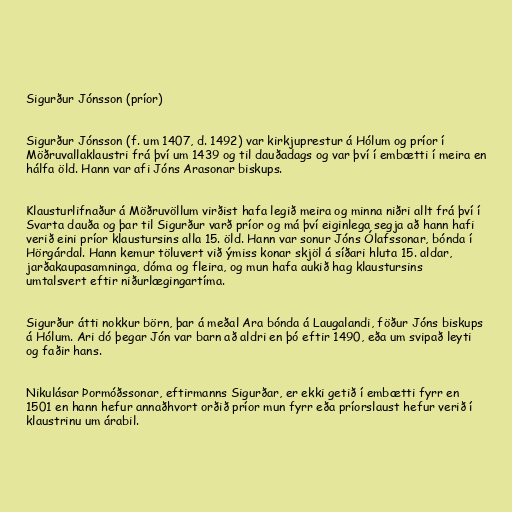
Sigurður Jónsson (príor)

Sigurður Jónsson (f. um 1407, d. 1492) var kirkjuprestur á Hólum og príor í
Möðruvallaklaustri frá því um 1439 og til dauðadags og var því í embætti í meira en
hálfa öld. Hann var afi Jóns Arasonar biskups.

Klausturlifnaður á Möðruvöllum virðist hafa legið meira og minna niðri allt frá því í
Svarta dauða og þar til Sigurður varð príor og má því eiginlega segja að hann hafi
verið eini príor klaustursins alla 15. öld. Hann var sonur Jóns Ólafssonar, bónda í
Hörgárdal. Hann kemur töluvert við ýmiss konar skjöl á síðari hluta 15. aldar,
jarðakaupasamninga, dóma og fleira, og mun hafa aukið hag klaustursins
umtalsvert eftir niðurlægingartíma.

Sigurður átti nokkur börn, þar á meðal Ara bónda á Laugalandi, föður Jóns biskups
á Hólum. Ari dó þegar Jón var barn að aldri en þó eftir 1490, eða um svipað leyti
og faðir hans.

Nikulásar Þormóðssonar, eftirmanns Sigurðar, er ekki getið í embætti fyrr en
1501 en hann hefur annaðhvort orðið príor mun fyrr eða príorslaust hefur verið í
klaustrinu um árabil.